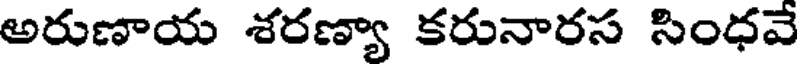
అరుణాయ శరణ్యా కరునారస సింధవే